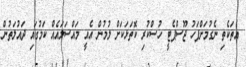
އެތަކެތި ނެގުމަށްފަހު ޖޫސްޕެޓީ ހުސްކުރި ކޮތަޅަކަށް ލުމުން އެއީ މައްސަލައެއް ކަމުގައި ދައުލަތުން